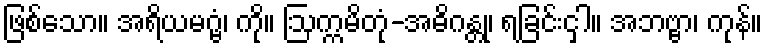
ဖြစ်သော။ အရိယမဂ္ဗံ၊ ကို။ ဩက္ကမိတုံ-အဓိဂန္တု၊ ရခြင်းငှါ။ အဘဗ္ဗာ၊ ကုန်။